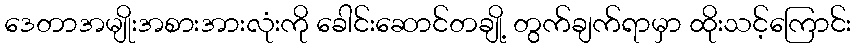
ဒေတာအမျိုးအစားအားလုံးကို ခေါင်းဆောင်တချို့ တွက်ချက်ရာမှာ ထိုးသင့်ကြောင်း